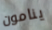
ينامون